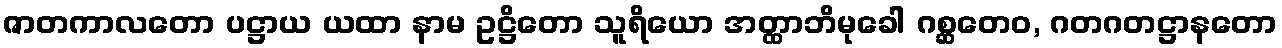
ဇာတကာလတော ပဋ္ဌာယ ယထာ နာမ ဥဋ္ဌိတော သူရိယော အတ္ထာဘိမုခေါ ဂစ္ဆတေဝ, ဂတဂတဋ္ဌာနတော